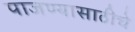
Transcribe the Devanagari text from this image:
पाजण्यासाठीचे